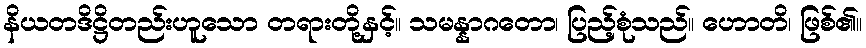
နိယတဒိဋ္ဌိတည်းဟူသော တရားတို့နှင့်။ သမန္နာဂတော၊ ပြည့်စုံသည်။ ဟောတိ၊ ဖြစ်၏။